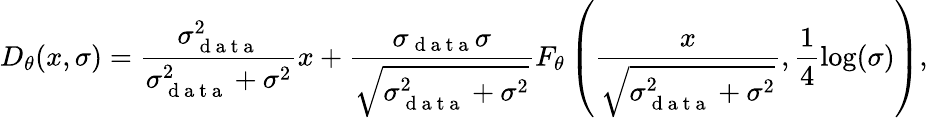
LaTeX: D_{\theta}(x,\sigma)=\frac{\sigma_{\mathrm{~d~a~t~a~}}^{2}}{\sigma_{\mathrm{~d~a~t~a~}}^{2}+\sigma^{2}}x+\frac{\sigma_{\mathrm{~d~a~t~a~}}\sigma}{\sqrt{\sigma_{\mathrm{~d~a~t~a~}}^{2}+\sigma^{2}}}F_{\theta}\left(\frac{x}{\sqrt{\sigma_{\mathrm{~d~a~t~a~}}^{2}+\sigma^{2}}},\frac{1}{4}\log(\sigma)\right),